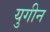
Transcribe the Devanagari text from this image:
युगीन